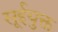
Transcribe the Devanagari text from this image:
सूईयुक्त